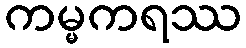
ကမ္မကရဿ